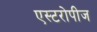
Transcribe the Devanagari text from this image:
एस्टरोपीज